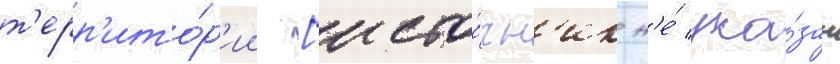
т'ерр'ито́р'ии [исто́чн'ик н'е́ ука́зан